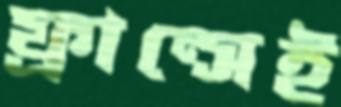
ফ্রান্সেই